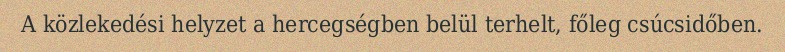
A közlekedési helyzet a hercegségben belül terhelt, főleg csúcsidőben.